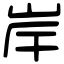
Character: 岸